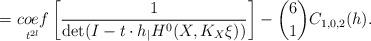
LaTeX: \begin{align*}\mbox{ }=\underset{t^{2l}}{coef}\left[\frac{1}{\det(I-t\cdot h_{\mid_{}} H^{0}(X,K_{X}\xi))}\right]-\binom{6}{1}C_{1,0,2}(h).\end{align*}